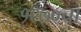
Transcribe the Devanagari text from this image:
१९७०चा